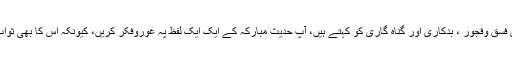
قارئین فسق وفجور ، بدکاری اور گناہ گاری کو کہتے ہیں، آپ حدیث مبارکہ کے ایک ایک لفظ پہ غوروفکر کریں، کیونکہ اس کا بھی ثواب ہے۔